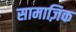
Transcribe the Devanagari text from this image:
सामाज़िक